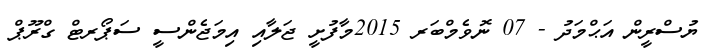
ޔުސްރީން އަޙްމަދު - 07 ނޮވެމްބަރ 2015މާފުށީ ޖަލާއި އިމަޖެންސީ ސަޕޯރޓް ގްރޫޕް